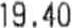
19.40